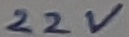
Text: 22V